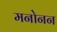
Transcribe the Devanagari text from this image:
मनोनन